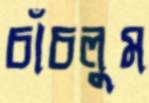
চাঁচলুম